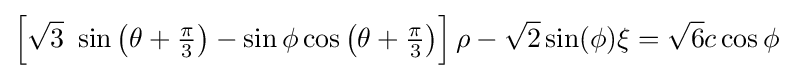
\left[{\sqrt {3}}~\sin \left(\theta +{\tfrac {\pi }{3}}\right)-\sin \phi \cos \left(\theta +{\tfrac {\pi }{3}}\right)\right]\rho -{\sqrt {2}}\sin(\phi )\xi ={\sqrt {6}}c\cos \phi